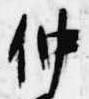
仲